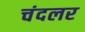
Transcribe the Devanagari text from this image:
चंदलर